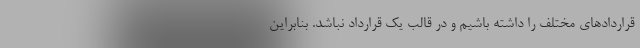
قراردادهای مختلف را داشته باشیم و در قالب یک قرارداد نباشد. بنابراین